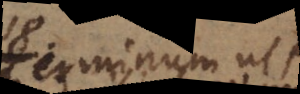
Terminum ut